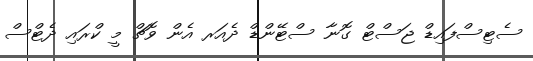
ސެޓިސްފައިޑް ޖަސްޓް ގޮނާ ސްޓޭންޑް ދެއަރ އެން ވޮޗް މީ ކްރައި ދެޓްސް